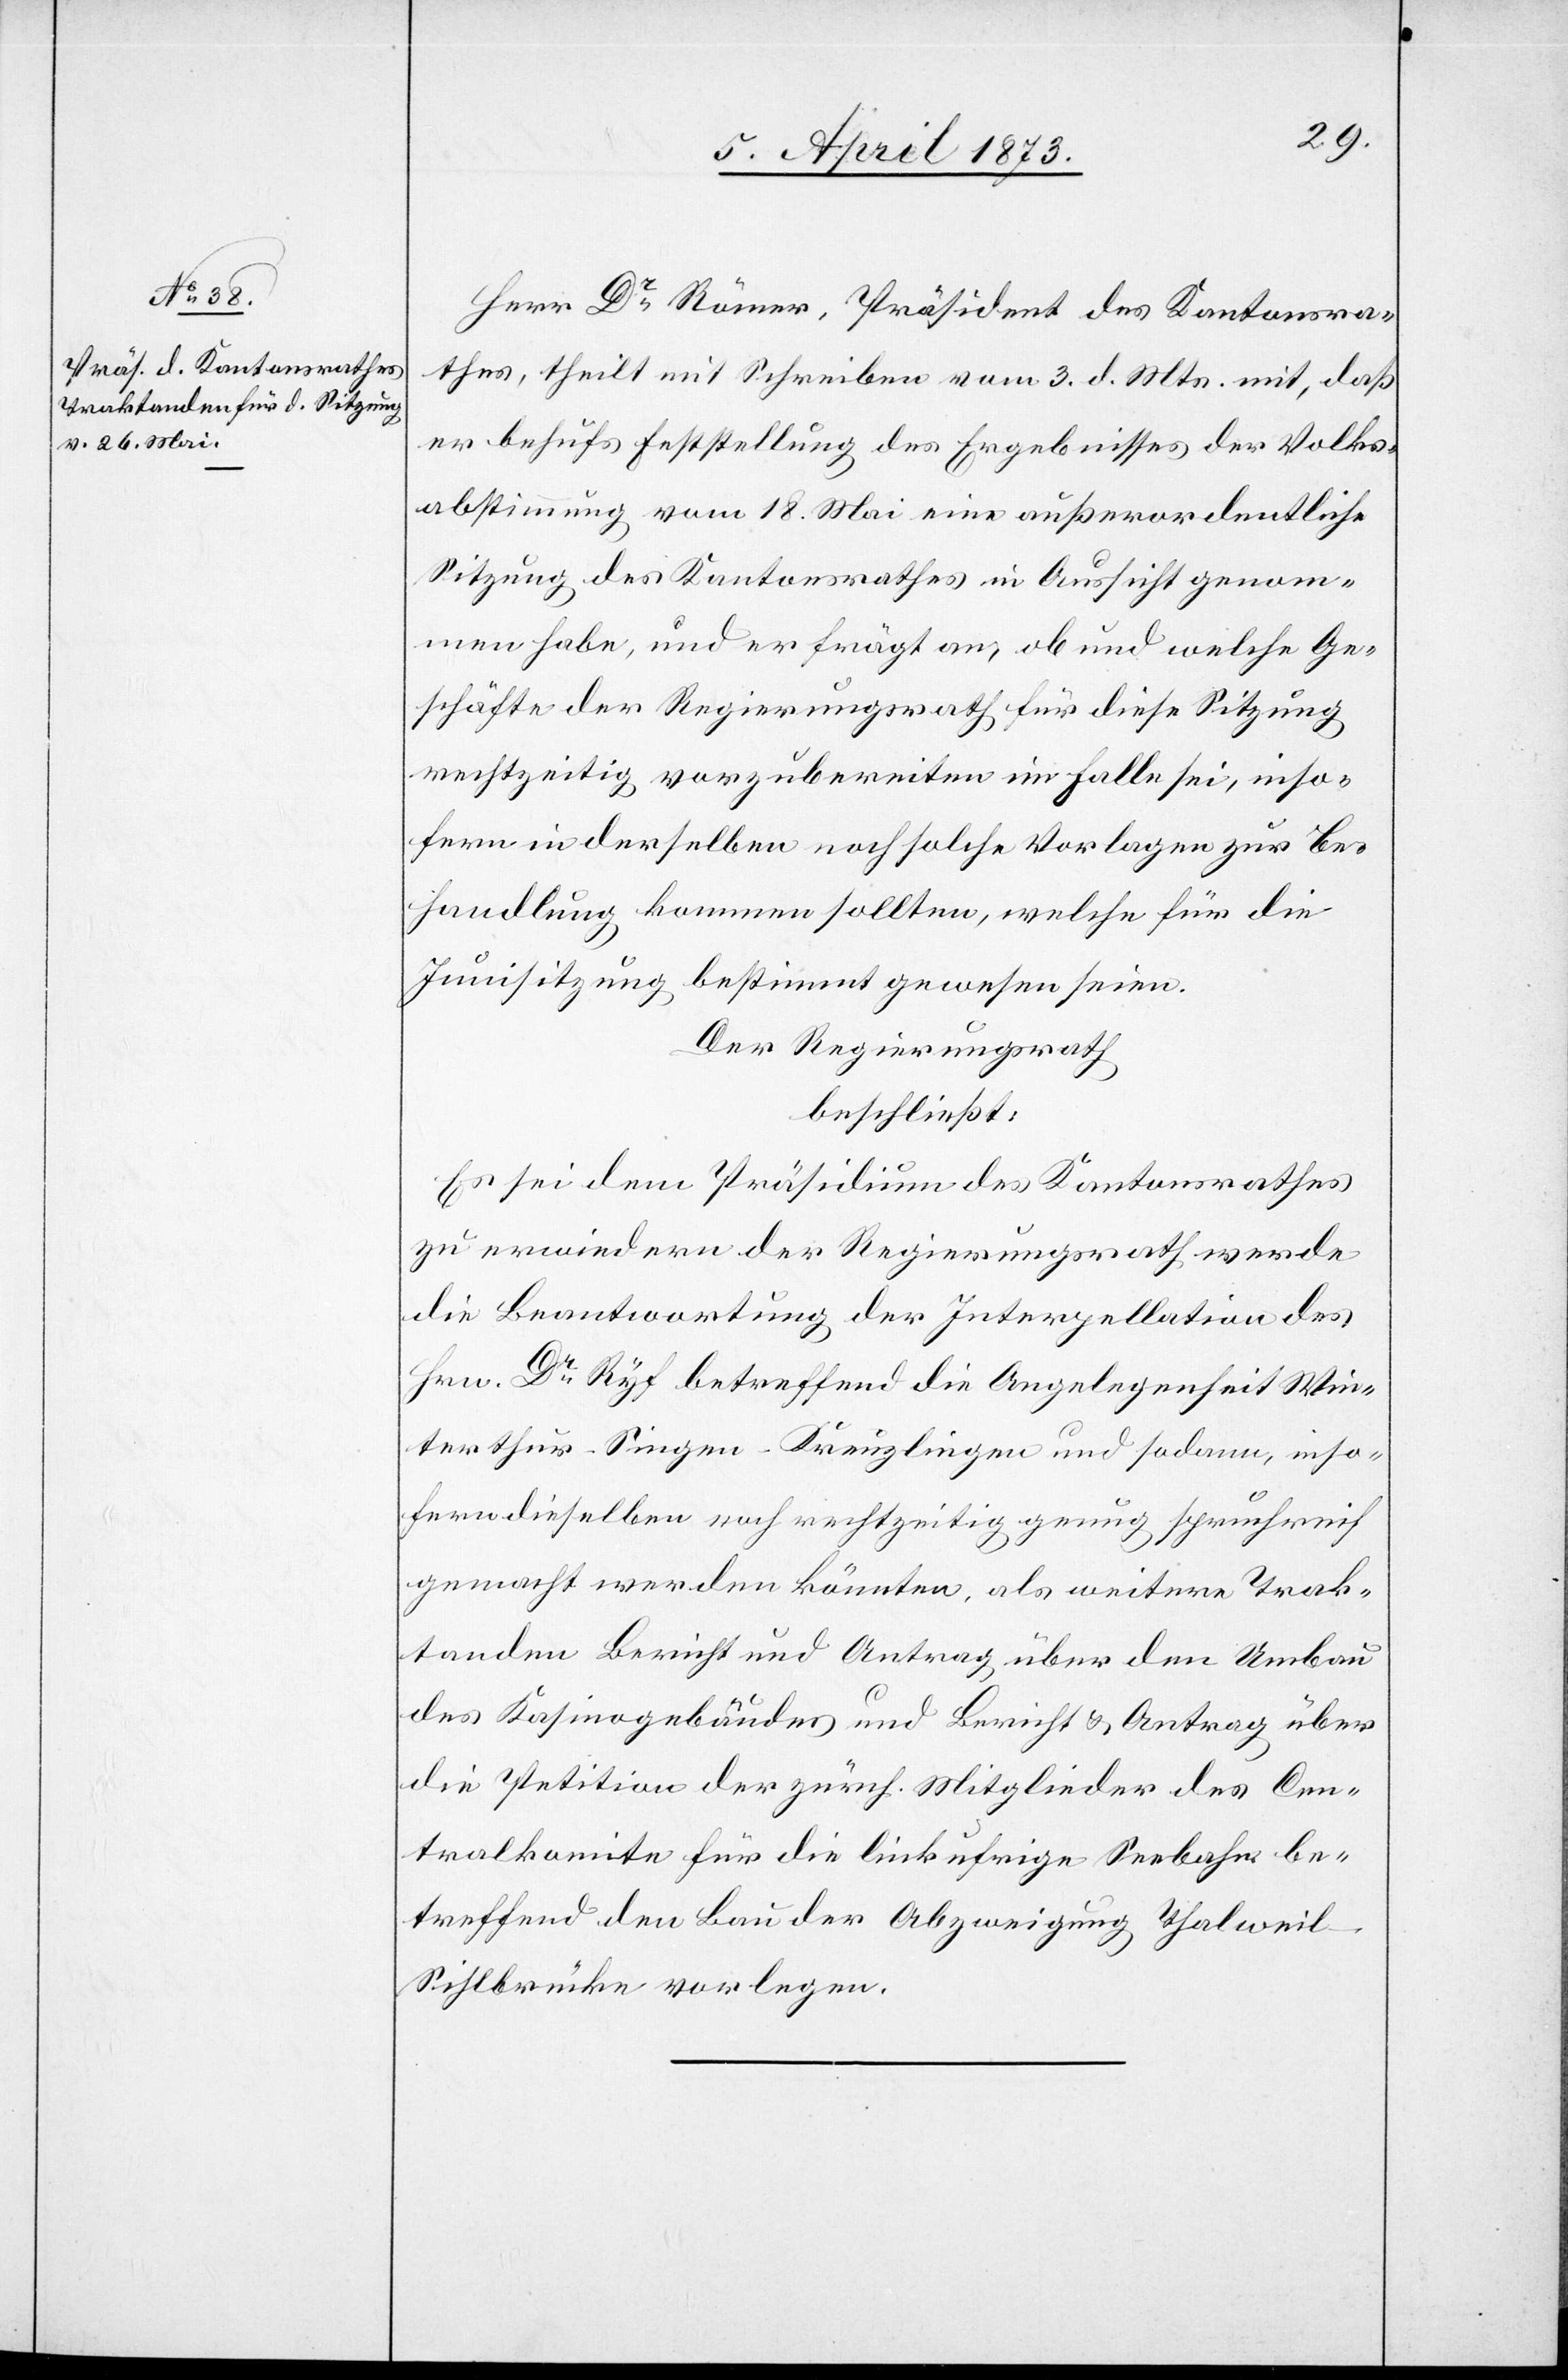
Herr Dr Römer, Präsident des Kantonsra¬
thes, theilt mit Schreiben vom 3. d. Mts. mit, daß
er behufs Feststellung des Ergebnisses der Volks¬
abstimmung vom 18. Mai eine außerordentliche
Sitzung des Kantonsrathes in Aussicht genom¬
men habe, und er frägt an, ob und welche Ge¬
schäfte der Regierungsrath für diese Sitzung
rechtzeitig vorzubereiten im Falle sei, inso¬
fern in derselben noch solche Vorlagen zur Be¬
handlung kommen sollten, welche für die
Junisitzung bestimmt gewesen seien.
Der Regierungsrath
beschließt:
Es sei dem Präsidium des Kantonsrathes
zu erwiedern der Regierungsrath werde
die Beantwortung der Interpellation des
Hrn. Dr Ryf betreffend die Angelegenheit Win¬
terthur–Singen–Kreuzlingen und sodann, inso¬
fern dieselben noch rechtzeitig genug spruchreif
gemacht werden könnten, als weitere Trak¬
tanden Bericht und Antrag über den Umbau
des Kasinogebäudes und Bericht u. Antrag über
die Petition der zürch. Mitglieder des Cen¬
tralkomite für die linkufrige Seebahn be¬
treffend den Bau der Abzweigung Thalwei¬
l–Sihlbrücke vorlegen.